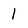
Character: 1